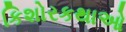
કિશોરકથાઓ